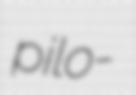
pilo-